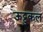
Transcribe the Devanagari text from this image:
ऊट्टुकल